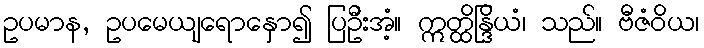
ဥပမာန, ဥပမေယျရောနှော၍ ပြဦးအံ့။ ဣတ္ထိန္ဒြိယံ၊ သည်။ ဗီဇံဝိယ၊